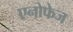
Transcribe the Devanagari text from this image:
एनोफेज